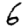
Digit: 6